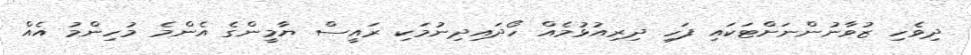
ދިވެހި ޒުވާނުންނަށްޓަކައި ފަހި ދިރިއުޅުމެއް ހޯދައިދިނުމަކި ރައީސް ޔާމީންގެ އެންމެ މުހިންމު އެއް